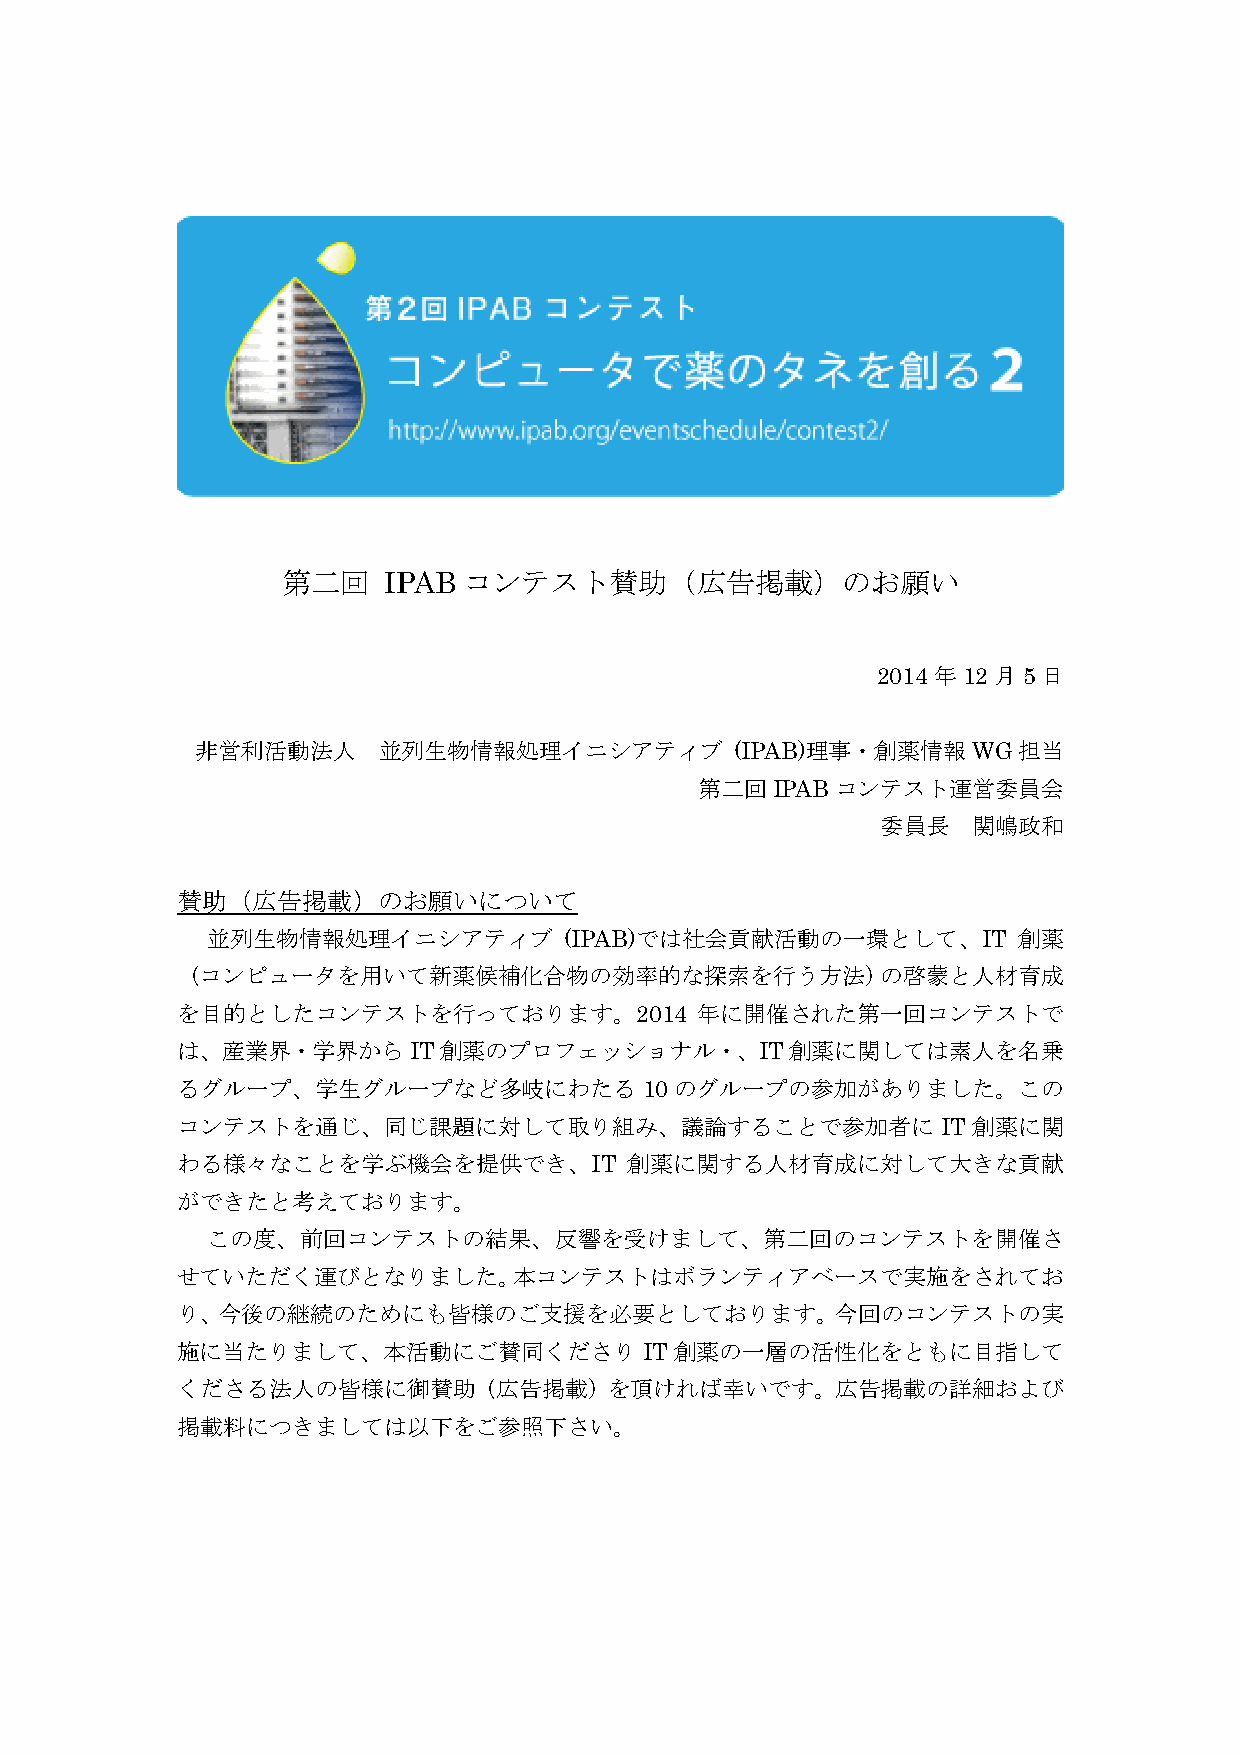
第二回   IPAB  コンテスト賛助（広告掲載）のお願い
 2014年12月5日
 非営利活動法人     並列生物情報処理イニシアティブ         (IPAB)理事・創薬情報WG担当
 第二回IPABコンテスト運営委員会
 委員長   関嶋政和
 賛助（広告掲載）のお願いについて
 並列生物情報処理イニシアティブ        (IPAB)では社会貢献活動の一環として、IT       創薬
 （コンピュータを用いて新薬候補化合物の効率的な探索を行う方法）の啓蒙と人材育成
 を目的としたコンテストを行っております。2014          年に開催された第一回コンテストで
 は、産業界・学界からIT創薬のプロフェッショナル・、IT創薬に関しては素人を名乗
 るグループ、学生グループなど多岐にわたる           10のグループの参加がありました。この
 コンテストを通じ、同じ課題に対して取り組み、議論することで参加者に                 IT 創薬に関
 わる様々なことを学ぶ機会を提供でき、IT          創薬に関する人材育成に対して大きな貢献
 ができたと考えております。
 この度、前回コンテストの結果、反響を受けまして、第二回のコンテストを開催さ
 せていただく運びとなりました。本コンテストはボランティアベースで実施をされてお
 り、今後の継続のためにも皆様のご支援を必要としております。今回のコンテストの実
 施に当たりまして、本活動にご賛同くださり           IT 創薬の一層の活性化をともに目指して
 くださる法人の皆様に御賛助（広告掲載）を頂ければ幸いです。広告掲載の詳細および
 掲載料につきましては以下をご参照下さい。